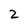
Character: 2